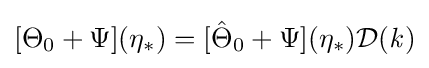
[\Theta _{0}+\Psi ](\eta _{\ast })=[{\hat {\Theta }}_{0}+\Psi ](\eta _{\ast }){\mathcal {D}}({\mathit {k}})